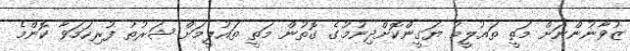
ޒުވާނުންނަށް މަތީ ތައުލީމު ޔަގީންކޮށްދިނުމުގެ ގޮތުން މަތީ ތައުލީމަށް ޝަރުތު ފުރިހަމަވާ ކޮންމެ